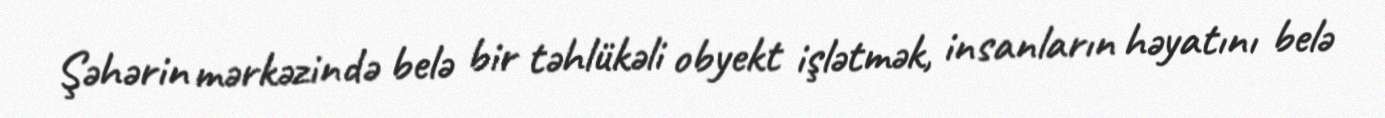
Şəhərin mərkəzində belə bir təhlükəli obyekt işlətmək, insanların həyatını belə